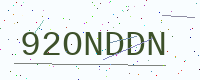
Text: 92ONDDN